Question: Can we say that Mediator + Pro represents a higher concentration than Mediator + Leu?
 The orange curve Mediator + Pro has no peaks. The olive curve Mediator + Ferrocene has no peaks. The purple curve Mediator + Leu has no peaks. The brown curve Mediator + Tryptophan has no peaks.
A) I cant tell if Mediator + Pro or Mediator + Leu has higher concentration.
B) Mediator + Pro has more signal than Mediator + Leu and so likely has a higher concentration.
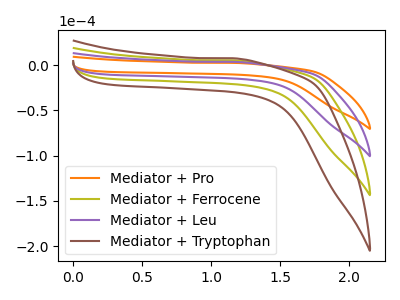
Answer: <think>Neither "Mediator + Pro" or "Mediator + Leu" have any peaks.
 </think>
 <answer>A) I cant tell if "Mediator + Pro" or "Mediator + Leu" has higher concentration.</answer>
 <eval>A</eval>